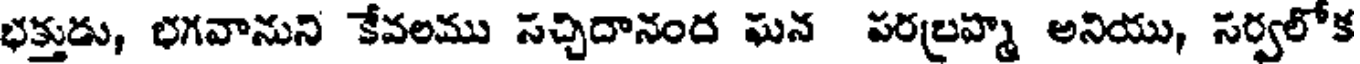
భక్తుడు, భగవానుని కేవలము సచ్చిదానంద ఘన పరబ్రహ్మ అనియు, సర్వలోక